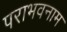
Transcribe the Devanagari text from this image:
पराभवनाम